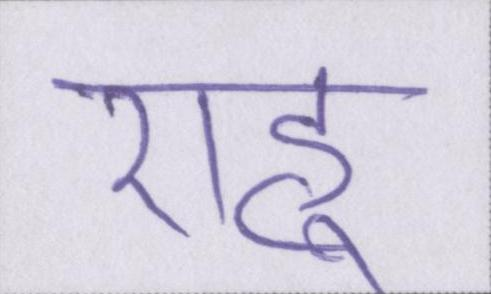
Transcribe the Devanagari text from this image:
राहु